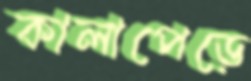
কালাপেড়ে